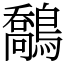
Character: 鷮